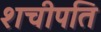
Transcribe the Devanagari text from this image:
शचीपति